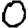
Digit: 0